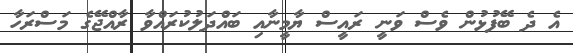
އެ ދެ ބޭފުޅުން ވެސް ވަނީ ރައީސް ޔާމީނާއި ބައްދަލުކުރައްވާ ރާއްޖޭގެ މަސްރަހާ